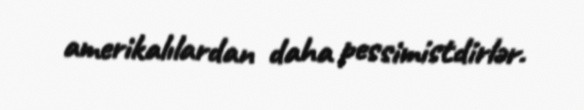
amerikalılardan daha pessimistdirlər.